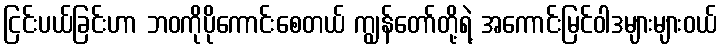
ငြင်းပယ်ခြင်းဟာ ဘဝကိုပိုကောင်းစေတယ် ကျွန်တော်တို့ရဲ့ အကောင်းမြင်ဝါဒများများဝယ်